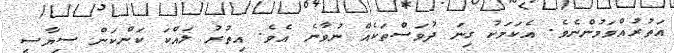
އަތުރުއްވަމުންނެވެ. އެކަމަކު ގިނަ ދުވަސްތަކެއް ނުވާނެ އެވެ. އިތުރު ލައްކަ ކަންކަން ސިޔާސީ